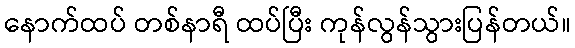
နောက်ထပ် တစ်နာရီ ထပ်ပြီး ကုန်လွန်သွားပြန်တယ်။